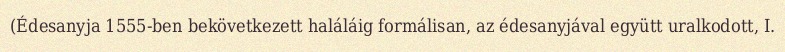
(Édesanyja 1555-ben bekövetkezett haláláig formálisan, az édesanyjával együtt uralkodott, I.